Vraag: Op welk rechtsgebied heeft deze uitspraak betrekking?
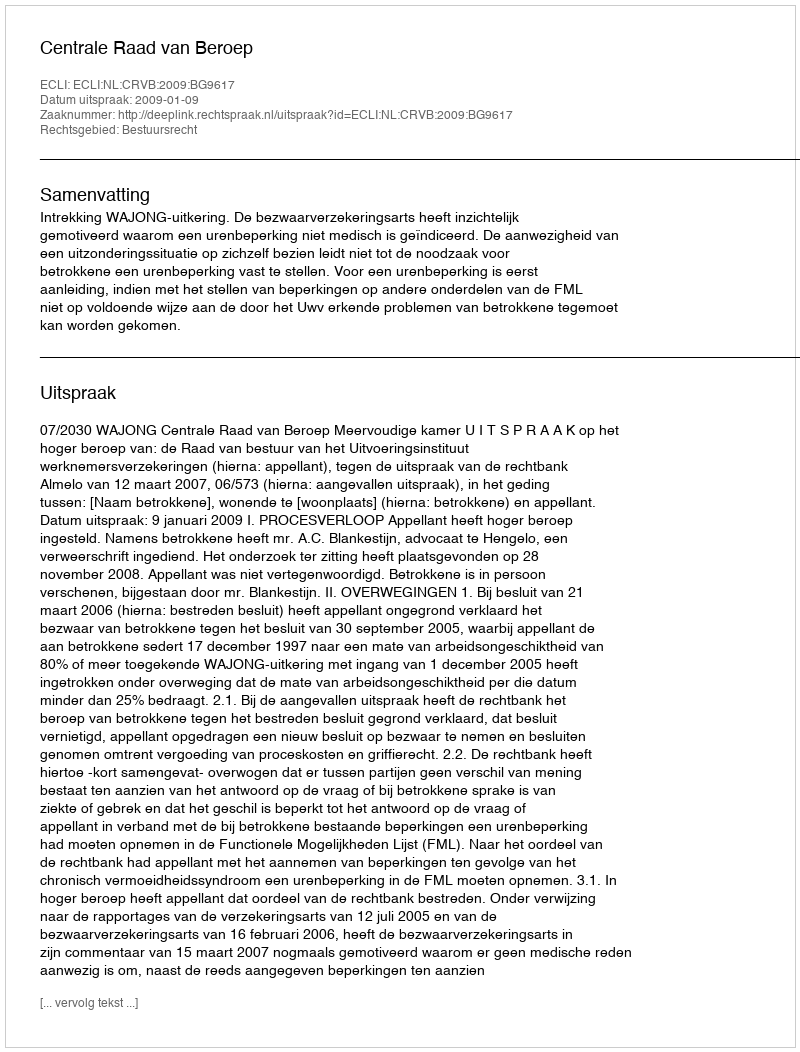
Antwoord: Bestuursrecht